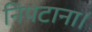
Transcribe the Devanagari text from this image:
निपटाना।